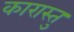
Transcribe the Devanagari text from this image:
कारास्तु